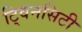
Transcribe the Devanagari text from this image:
टि्वनसिटी